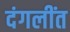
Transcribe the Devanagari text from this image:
दंगलींत